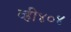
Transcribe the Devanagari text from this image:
व्ही४०४